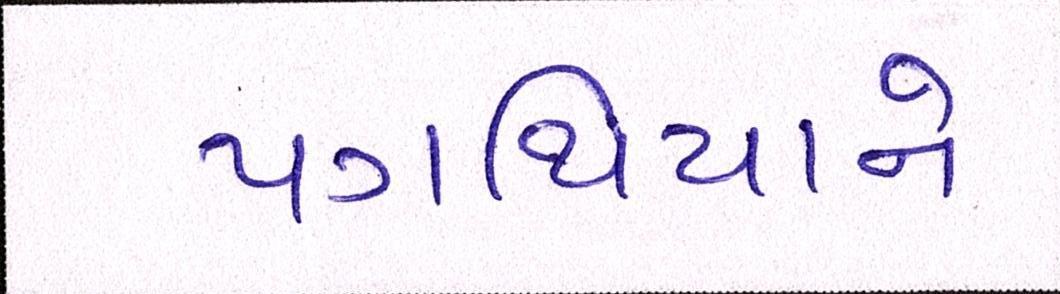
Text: પગથિયાને